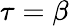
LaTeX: \tau=\beta